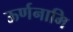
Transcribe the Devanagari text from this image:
ऊर्णनामि